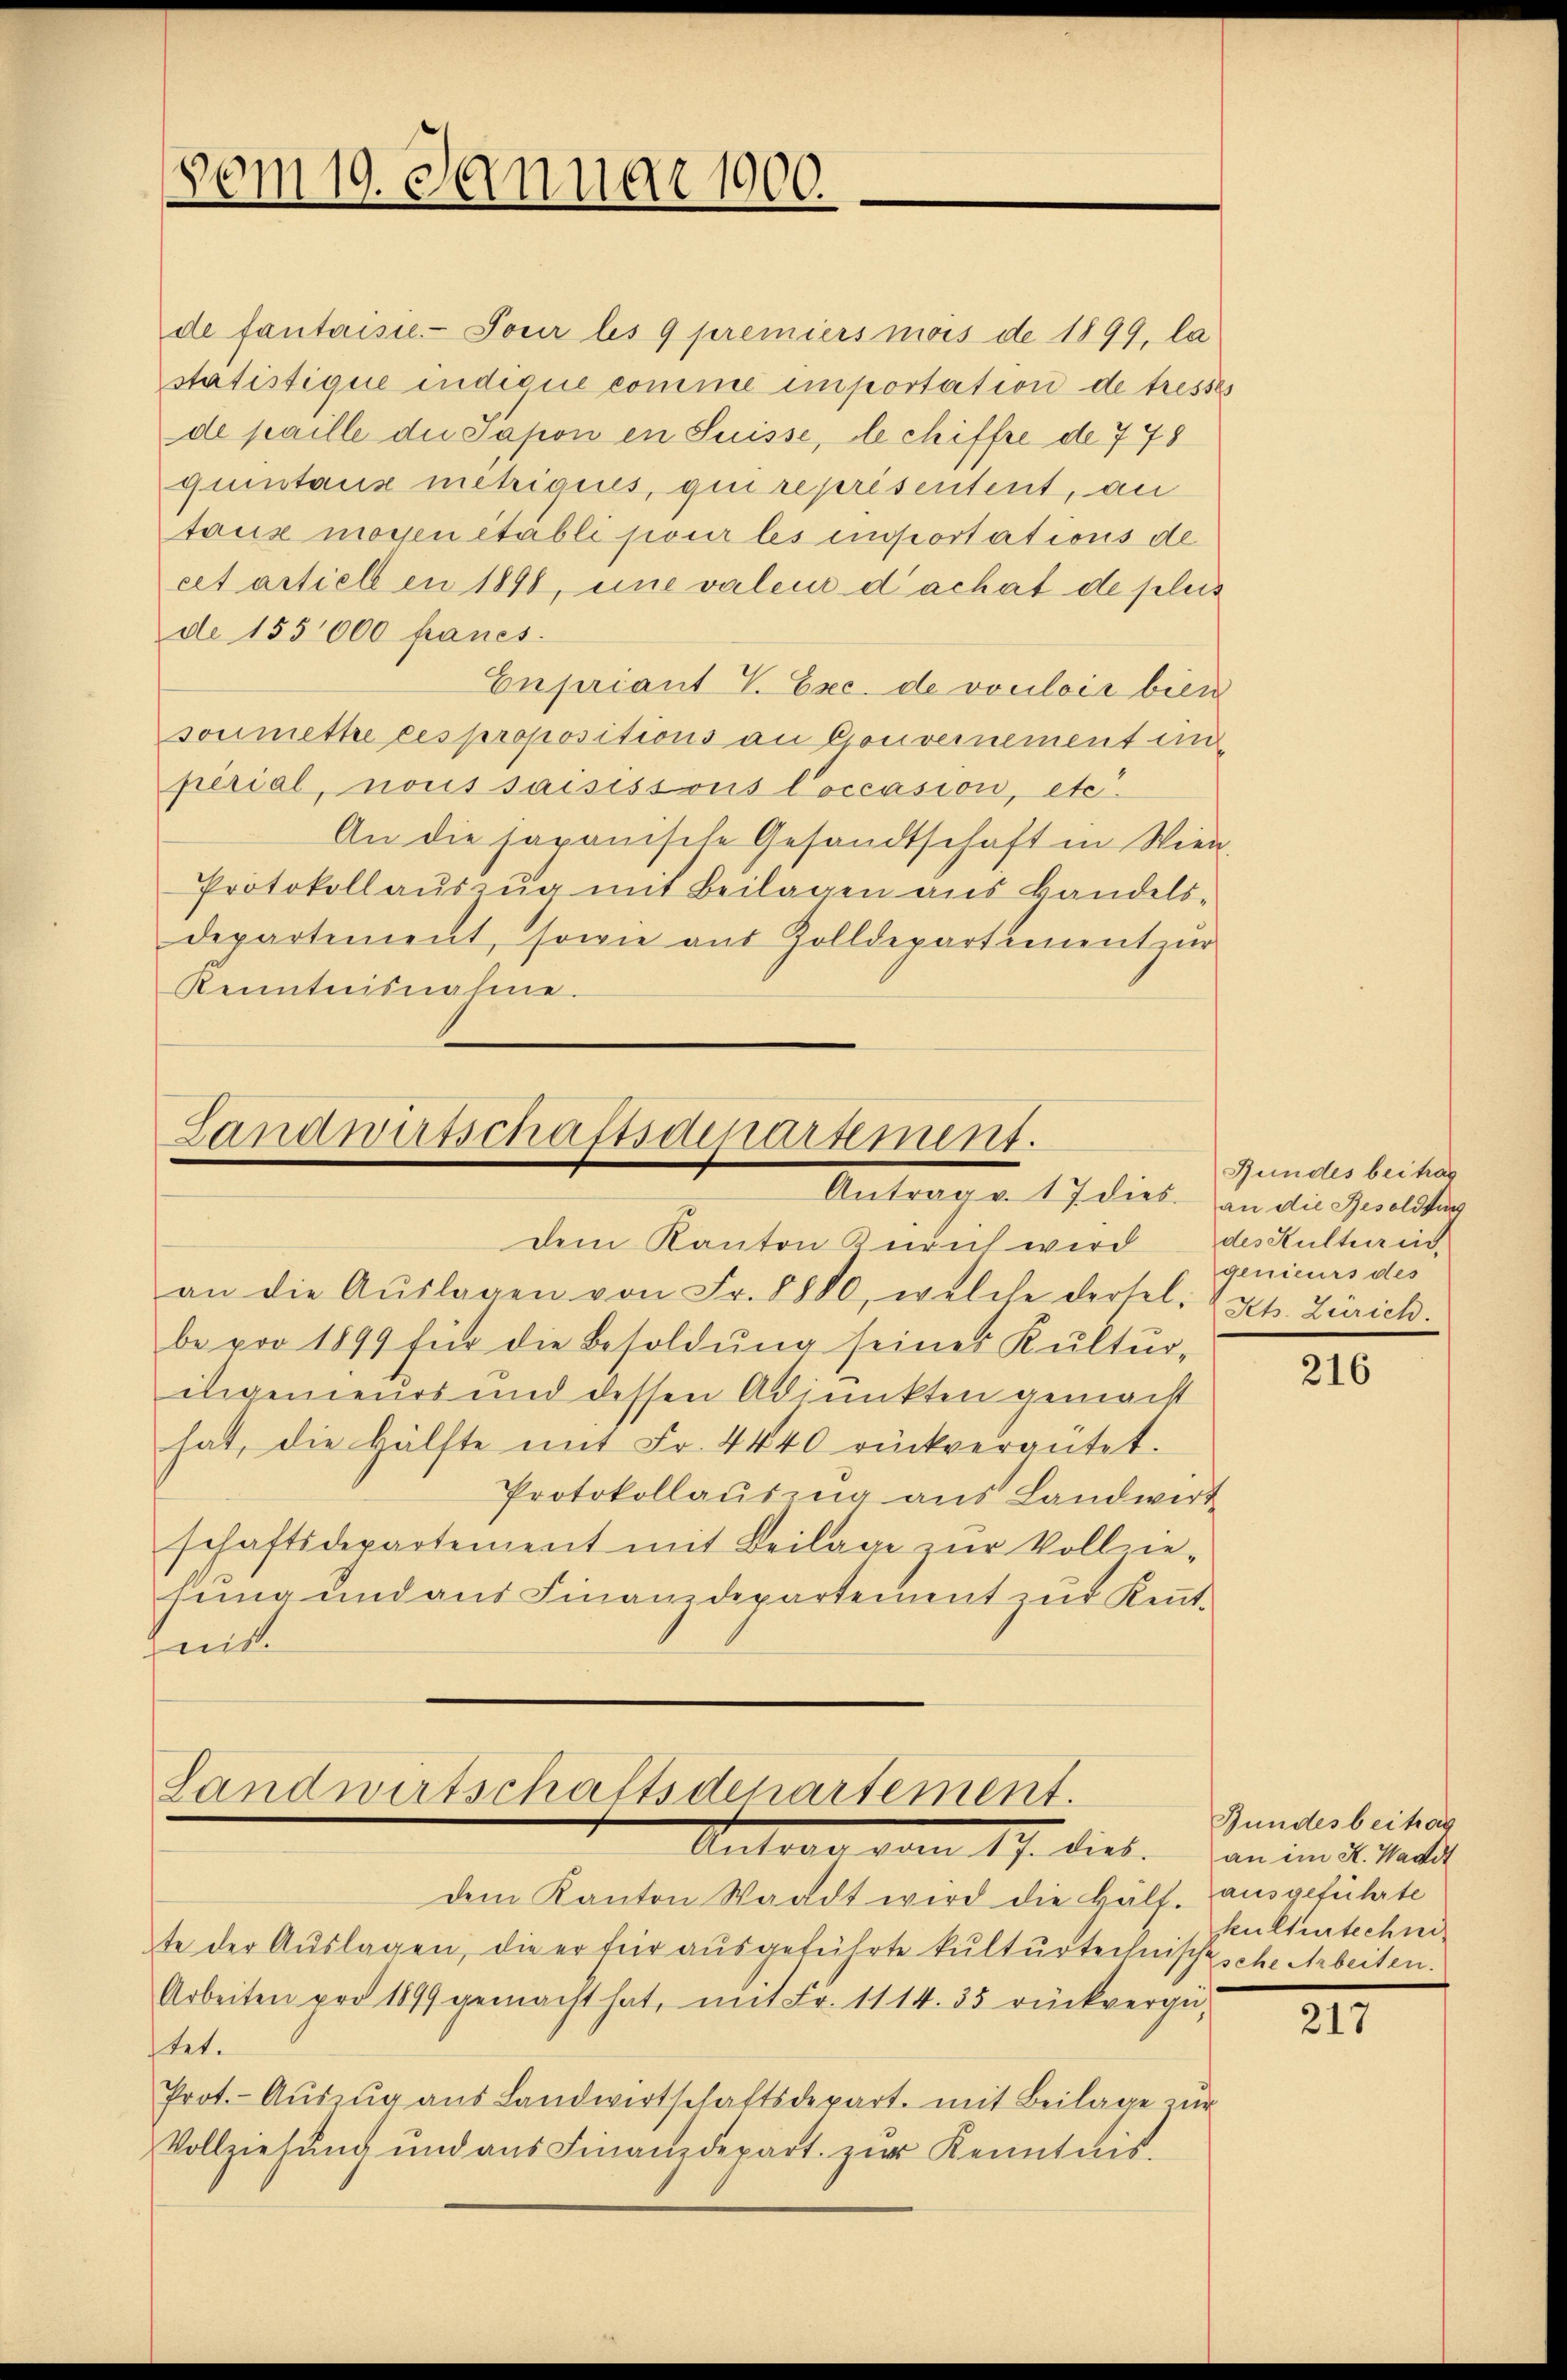
vom 19. Januar 1900.

de fantaisie-Pour les 9 premiers mois de 1899, la
statistique indique comme importation de tresses
de paille die Sapon en Suisse, de chiffre de 778
quintanz mehigius, qui représentent, an
taux moyen établi pour les emportations de
cet artiell en 1898, eine valen dachat de pleis
de 155000 panes.
Enpriant V. Exc. de voulois bien
soumettre ces propositions an Gouvernement un
perial, nous saisissous Coccasion, etc.
An die Japanische Gesandtschaft in Wien-
Protokollauszug mit Beilagen aus Handels-
departement, sowie aus Zolldepartement zŭr
Kenntnisnahme.

Landwirtschaftsdepartement.
Antrage 17 dies in die Quellen

Landwirtschaftsdenartement.
Antrag vom 17. dies. an im 2. Matt

dem Kanton zuviel wird des Kultur in-
an die Aŭslagen von Fr. 8880, welche dersel. Art. Zürich.
be vor 1899 für die Besoldŭng seiner Kultur-
ingenieurs und dessen Adjunkten gemacht
hat, die Hälfte mit Fr. 4440 rückvergütet.
Protokollauszug aus Landwirt
schaftsdepartement mit Beilage zŭr Vollzie-
hung und aus Finanzdepartement zur Kennthmitt

Rundes beitrag
genieurs des

dem Kanton Waadt wird die Hälf. ausgeführte
te der Auslagen, die er für ausgeführte kulturtechnischsche Arbeiten.
Arbeiten pro 1899 gemacht hat, mit Fr. 1114.35 rückvergütet.
Prot.- Aŭszŭg aŭs Landwirtschaftsdepart. mit Beilage zur
Vollziehŭng und aŭs Finanzdepart zŭr Kenntnis.

216

Hundesbeitrag
kulturtechni

217